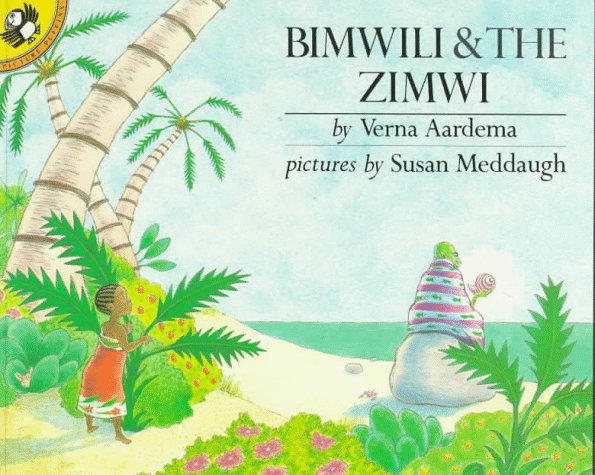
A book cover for Bimwili and the Zimwi (Picture Puffins); Verna Aardema; Children's Books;